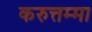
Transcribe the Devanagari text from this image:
करुत्तम्मा